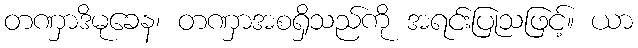
တဏှာဒိမုခေန၊ တဏှာအစရှိသည်ကို အရင်းပြုသဖြင့်။ ယာ